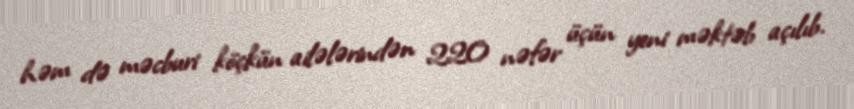
həm də məcburi köçkün ailələrindən 220 nəfər üçün yeni məktəb açılıb.